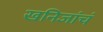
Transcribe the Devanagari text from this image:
खनिजांचं